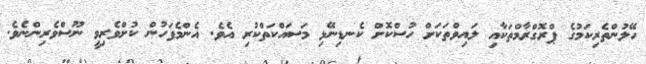
ހޭލުންތެރިކަމުގެ ޕްރޮގްރާމްތަކާއި ލައިވްތަކަށް ހުސްކޮށް ކެނޑިނޭޅި މަސައްކަތްކުރި އެވެ. އެންމެފަހުން ކުށްވެރިވީ ނޫސްވެރިންނެވެ.